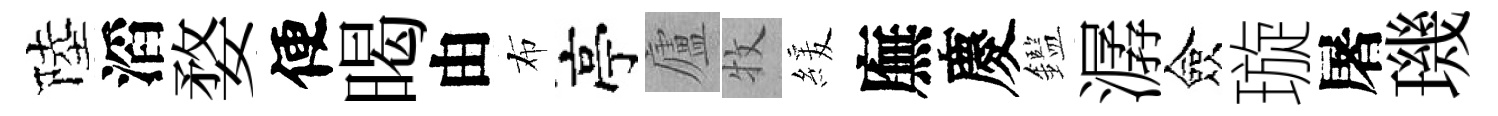
陸滔婺便暍由布亭廬牧緩廡慶鑑潺僉璇屠璣